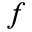
f